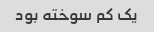
یک کم سوخته بود